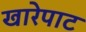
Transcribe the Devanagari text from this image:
खारेपाट